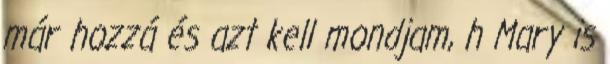
már hozzá és azt kell mondjam, h Mary is